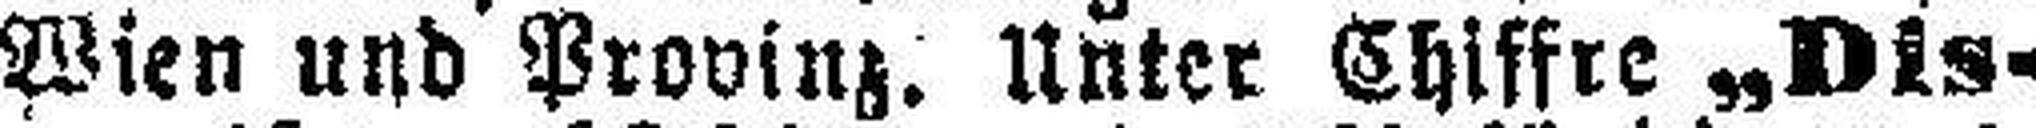
Wien und Provinz. Unter Chiffre „Dis¬